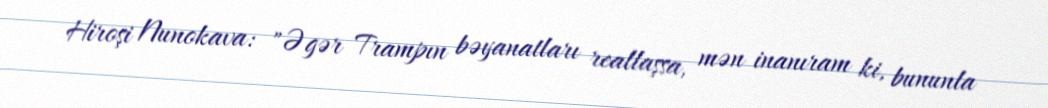
Hiroşi Nunokava: "Əgər Trampın bəyanatları reallaşsa, mən inanıram ki, bununla